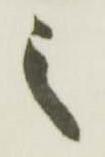
之